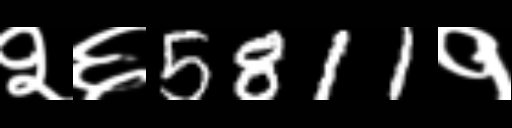
Text: २६5811१